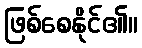
ဖြစ်စေနိုင်၏။